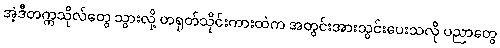
အဲ့ဒီတက္ကသိုလ်တွေ သွားလို့ တရုတ်သိုင်းကားထဲက အတွင်းအားသွင်းပေးသလို ပညာတွေ